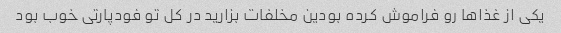
یکی از غذاها رو فراموش کرده بودین مخلفات بزارید در کل تو فودپارتی خوب بود